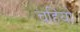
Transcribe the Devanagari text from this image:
चहियो